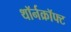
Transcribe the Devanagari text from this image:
थॉर्नक्रॉफ्ट